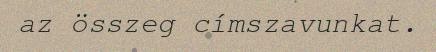
az összeg címszavunkat.